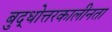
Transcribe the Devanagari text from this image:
बुद्धोत्तरकालीनता